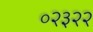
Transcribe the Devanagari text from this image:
०२३२२